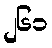
၂၆၁